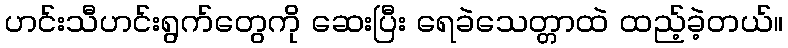
ဟင်းသီဟင်းရွက်တွေကို ဆေးပြီး ရေခဲသေတ္တာထဲ ထည့်ခဲ့တယ်။